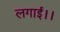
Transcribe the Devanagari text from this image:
लगाई।।